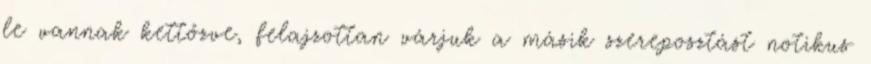
le vannak kettőzve, felajzottan várjuk a másik szereposztást notikus